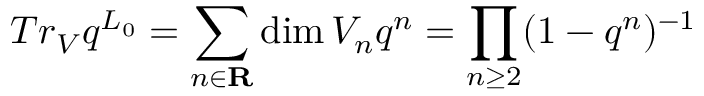
T r _ { V } q ^ { L _ { 0 } } = \sum _ { n \in \mathbf { R } } \dim V _ { n } q ^ { n } = \prod _ { n \geq 2 } ( 1 - q ^ { n } ) ^ { - 1 }